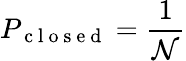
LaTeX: P_{\mathrm{~c~l~o~s~e~d~}}=\frac{1}{\mathcal{N}}